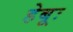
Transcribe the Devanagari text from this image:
हेबूः